Newspaper: The family visitor. [volume]
Place of publication: Pruntytown, Va. [W. Va.]
Publisher: D.S. Morris
Date: 1860-05-04 00:00:00
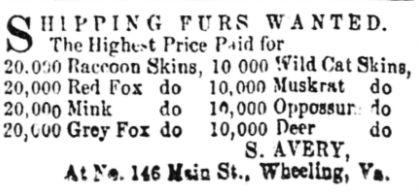
Advertisement text (OCR):
FURS WANTED. The Highot Price P ?id for Raccoon Skins, 10 000 '.Vild Cat Skins, Red Fox do 10,000 Musk rat do do 10,000 Oppossur do COO Grey Fox do 10,000 Deer do S. AVERY, At ?. 146 Mi ia St., Wheeling, V?.
Label: text-only